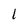
Character: l